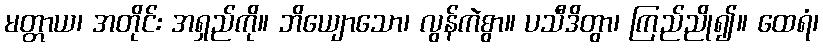
မတ္တာယ၊ အတိုင်း အရှည်ကို။ ဘိယျောသော၊ လွန်ကဲစွာ။ ပသီဒိတွာ၊ ကြည်ညို၍။ ထေရံ၊